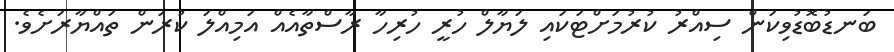
ބަނޑުބޮޑުވިކަން ސިއްރު ކުރުމަށްޓަކައި ލަޔާލް ހުރީ ހުރިހާ ރާސްތާއެއް އަމިއްލަ ކުރަން ތައްޔާރަށެވެ.